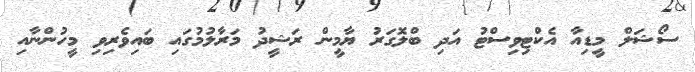
ސޯޝަލް މީޑިއާ އެކްޓިވިސްޓު އަދި ބްލޮގަރު ޔާމީން ރަޝީދު މަރާލުމުގައި ބައިވެރިވި މީހުންނާއި